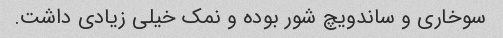
سوخاری و ساندویچ شور بوده و نمک خیلی زیادی داشت.